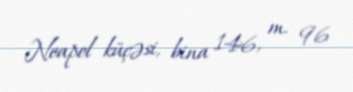
Neapol küçəsi, bina 146, m. 96